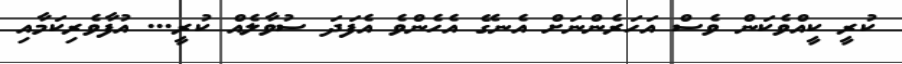
ކުރީ ކީއްވެކަން ވެސް އަހަރެންނަށް އެނގޭ އެހެންވެ އެފަދަ ސުވާލެއް ކުރީ... އުފާވެރިކަމާއި